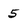
Character: 5